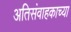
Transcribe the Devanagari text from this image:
अतिसंवाहकाच्या